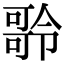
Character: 𠾥